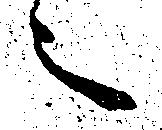
之